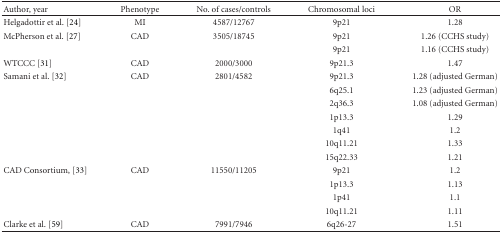
<table><thead><tr><td><b>Author, year</b></td><td><b>Phenotype</b></td><td><b>No. of cases/controls</b></td><td><b>Chromosomal loci</b></td><td><b>OR</b></td></tr></thead><tbody><tr><td>Helgadottir et al. [24]</td><td>MI</td><td>4587/12767</td><td>9p21</td><td>1.28</td></tr><tr><td>McPherson et al. [27]</td><td>CAD</td><td>3505/18745</td><td>9p21</td><td>1.26 (CCHS study)</td></tr><tr><td></td><td></td><td></td><td>9p21</td><td>1.16 (CCHS study)</td></tr><tr><td>WTCCC [31]</td><td>CAD</td><td>2000/3000</td><td>9p21.3</td><td>1.47</td></tr><tr><td>Samani et al. [32]</td><td>CAD</td><td>2801/4582</td><td>9p21.3</td><td>1.28 (adjusted German)</td></tr><tr><td></td><td></td><td></td><td>6q25.1</td><td>1.23 (adjusted German)</td></tr><tr><td></td><td></td><td></td><td>2q36.3</td><td>1.08 (adjusted German)</td></tr><tr><td></td><td></td><td></td><td>1p13.3</td><td>1.29</td></tr><tr><td></td><td></td><td></td><td>1q41</td><td>1.2</td></tr><tr><td></td><td></td><td></td><td>10q11.21</td><td>1.33</td></tr><tr><td></td><td></td><td></td><td>15q22.33</td><td>1.21</td></tr><tr><td>CAD Consortium, [33]</td><td>CAD</td><td>11550/11205</td><td>9p21</td><td>1.2</td></tr><tr><td></td><td></td><td></td><td>1p13.3</td><td>1.13</td></tr><tr><td></td><td></td><td></td><td>1p41</td><td>1.1</td></tr><tr><td></td><td></td><td></td><td>10q11.21</td><td>1.11</td></tr><tr><td>Clarke et al. [59]</td><td>CAD</td><td>7991/7946</td><td>6q26-27</td><td>1.51</td></tr></tbody></table>